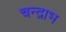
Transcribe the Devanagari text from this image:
चन्द्राभ